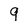
Character: 9